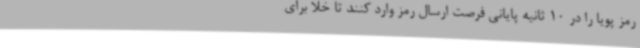
رمز پویا را در 10 ثانیه پایانی فرصت ارسال رمز وارد کنند تا خلا برای